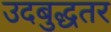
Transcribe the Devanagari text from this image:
उदबुद्धतर